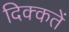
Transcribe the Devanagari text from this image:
दिक्‍कतें